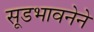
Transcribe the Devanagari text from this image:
सूडभावनेने